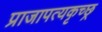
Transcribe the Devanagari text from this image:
प्राजापत्यकृच्छ्र